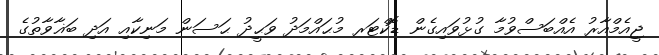
ޖީއެމްއާރު އެއްބަސްވުމާ ގުޅުވައިގެން ޑޮކްޓަރ މުޙައްމަދު ވަޙީދު ޙަސަން މަނިކާއި އަދި ބަޣާވާތުގެ